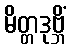
မိတ္တဒုဗ္ဘိံ